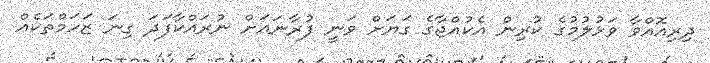
ދިރިއޮއްވާ ވަޅުލުމުގެ ކުރިން އެކުއްޖާގެ ގަޔަށް ވަނީ ފުރާނައަށް ނުރައްކާފަދަ ގިނަ ޒަހަމްތަކެއް